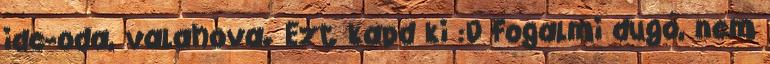
ide-oda, valahova. Ezt kapd ki :D Fogalmi dugó, nem